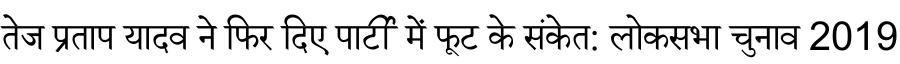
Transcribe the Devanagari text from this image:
तेज प्रताप यादव ने फिर दिए पार्टी में फूट के संकेत: लोकसभा चुनाव 2019